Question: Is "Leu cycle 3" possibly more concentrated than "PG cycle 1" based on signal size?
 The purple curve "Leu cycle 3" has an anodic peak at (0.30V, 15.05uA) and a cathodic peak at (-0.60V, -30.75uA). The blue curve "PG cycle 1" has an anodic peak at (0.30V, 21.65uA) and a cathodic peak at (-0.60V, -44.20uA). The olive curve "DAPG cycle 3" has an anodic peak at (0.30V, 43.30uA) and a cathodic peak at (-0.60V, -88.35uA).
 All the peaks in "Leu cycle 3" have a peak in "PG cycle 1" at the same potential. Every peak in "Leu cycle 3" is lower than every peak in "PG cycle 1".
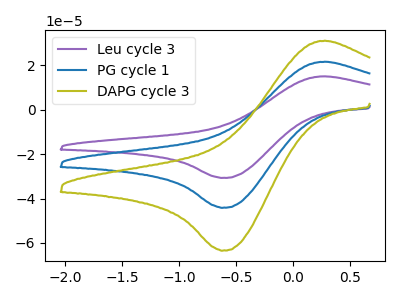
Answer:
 <answer>"Leu cycle 3" has less signal than "PG cycle 1".</answer>
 <eval>less_signal</eval>